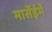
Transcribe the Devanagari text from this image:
मार्सेईमेँ